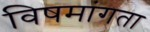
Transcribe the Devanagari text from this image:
विषमांगता